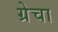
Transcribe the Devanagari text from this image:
ग्रेचा